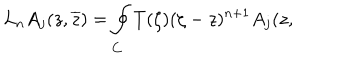
L _ { n } A _ { j } ( z , \overline { { { z } } } ) = \oint _ { C } T ( \zeta ) ( \zeta - z ) ^ { n + 1 } A _ { j } ( z ,